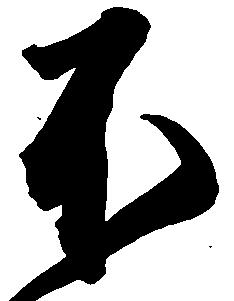
不